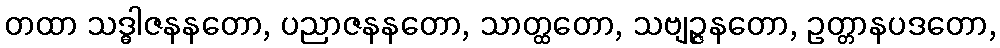
တထာ သဒ္ဓါဇနနတော, ပညာဇနနတော, သာတ္ထတော, သဗျဉ္ဇနတော, ဥတ္တာနပဒတော,